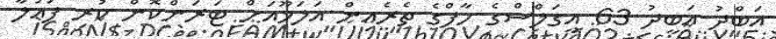
އަބްދު އަބީދު 63 އީގަލްސްގެ ހާފްގެ ތެރެއިން އަލަމޫއަށް ޓަރަންކޮން ކުރި ފައުލާ